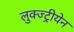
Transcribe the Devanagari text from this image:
लुक्ज्ट्रीयेन